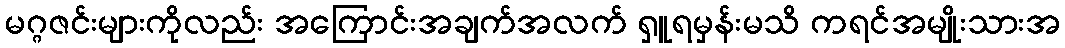
မဂ္ဂဇင်းများကိုလည်း အကြောင်းအချက်အလက် ရှူရမှန်းမသိ ကရင်အမျိုးသားအ